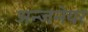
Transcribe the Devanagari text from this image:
अन्जनेयर